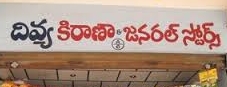
Language: telugu
Transcription: కిరాణా జనరల్ స్టోర్స్ దివ్య